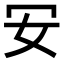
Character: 𠕷